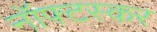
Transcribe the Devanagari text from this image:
नॉफ्टस्कर